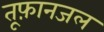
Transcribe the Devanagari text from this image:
तूफ़ानजल